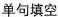
单句填空